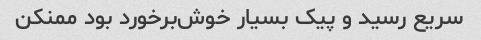
سریع رسید و پیک بسیار خوش‌برخورد بود ممنکن